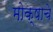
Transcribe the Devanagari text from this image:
मोक्षाचे